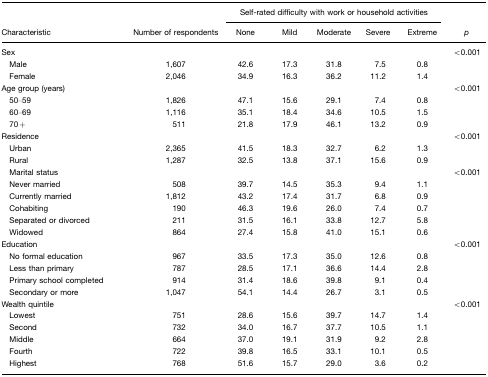
<table><thead><tr><td rowspan="3"><b>Characteristic</b></td><td rowspan="3"><b>Number of respondents</b></td><td colspan="5"><b>Self-rated difficulty with work or household activities</b></td><td rowspan="3"><b><i>p</i></b></td></tr><tr><td><b>None</b></td><td><b>Mild</b></td><td><b>Moderate</b></td><td><b>Severe</b></td><td><b>Extreme</b></td></tr></thead><tbody><tr><td>Sex</td><td></td><td></td><td></td><td></td><td></td><td></td><td>&lt;0.001</td></tr><tr><td> Male</td><td>1,607</td><td>42.6</td><td>17.3</td><td>31.8</td><td>7.5</td><td>0.8</td><td></td></tr><tr><td> Female</td><td>2,046</td><td>34.9</td><td>16.3</td><td>36.2</td><td>11.2</td><td>1.4</td><td></td></tr><tr><td>Age group (years)</td><td></td><td></td><td></td><td></td><td></td><td></td><td>&lt;0.001</td></tr><tr><td> 50–59</td><td>1,826</td><td>47.1</td><td>15.6</td><td>29.1</td><td>7.4</td><td>0.8</td><td></td></tr><tr><td> 60–69</td><td>1,116</td><td>35.1</td><td>18.4</td><td>34.6</td><td>10.5</td><td>1.5</td><td></td></tr><tr><td> 70 +</td><td>511</td><td>21.8</td><td>17.9</td><td>46.1</td><td>13.2</td><td>0.9</td><td></td></tr><tr><td>Residence</td><td></td><td></td><td></td><td></td><td></td><td></td><td>&lt;0.001</td></tr><tr><td> Urban</td><td>2,365</td><td>41.5</td><td>18.3</td><td>32.7</td><td>6.2</td><td>1.3</td><td></td></tr><tr><td> Rural</td><td>1,287</td><td>32.5</td><td>13.8</td><td>37.1</td><td>15.6</td><td>0.9</td><td></td></tr><tr><td> Marital status</td><td></td><td></td><td></td><td></td><td></td><td></td><td>&lt;0.001</td></tr><tr><td> Never married</td><td>508</td><td>39.7</td><td>14.5</td><td>35.3</td><td>9.4</td><td>1.1</td><td></td></tr><tr><td> Currently married</td><td>1,812</td><td>43.2</td><td>17.4</td><td>31.7</td><td>6.8</td><td>0.9</td><td></td></tr><tr><td> Cohabiting</td><td>190</td><td>46.3</td><td>19.6</td><td>26.0</td><td>7.4</td><td>0.7</td><td></td></tr><tr><td> Separated or divorced</td><td>211</td><td>31.5</td><td>16.1</td><td>33.8</td><td>12.7</td><td>5.8</td><td></td></tr><tr><td> Widowed</td><td>864</td><td>27.4</td><td>15.8</td><td>41.0</td><td>15.1</td><td>0.6</td><td></td></tr><tr><td>Education</td><td></td><td></td><td></td><td></td><td></td><td></td><td>&lt;0.001</td></tr><tr><td> No formal education</td><td>967</td><td>33.5</td><td>17.3</td><td>35.0</td><td>12.6</td><td>0.8</td><td></td></tr><tr><td> Less than primary</td><td>787</td><td>28.5</td><td>17.1</td><td>36.6</td><td>14.4</td><td>2.8</td><td></td></tr><tr><td> Primary school completed</td><td>914</td><td>31.4</td><td>18.6</td><td>39.8</td><td>9.1</td><td>0.4</td><td></td></tr><tr><td> Secondary or more</td><td>1047</td><td>54.1</td><td>14.4</td><td>26.7</td><td>3.1</td><td>0.5</td><td></td></tr><tr><td>Wealth quintile</td><td></td><td></td><td></td><td></td><td></td><td></td><td>&lt;0.001</td></tr><tr><td> Lowest</td><td>751</td><td>28.6</td><td>15.6</td><td>39.7</td><td>14.7</td><td>1.4</td><td></td></tr><tr><td> Second</td><td>732</td><td>34.0</td><td>16.7</td><td>37.7</td><td>10.5</td><td>1.1</td><td></td></tr><tr><td> Middle</td><td>664</td><td>37.0</td><td>19.1</td><td>31.9</td><td>9.2</td><td>2.8</td><td></td></tr><tr><td> Fourth</td><td>722</td><td>39.8</td><td>16.5</td><td>33.1</td><td>10.1</td><td>0.5</td><td></td></tr><tr><td> Highest</td><td>768</td><td>51.6</td><td>15.7</td><td>29.0</td><td>3.6</td><td>0.2</td><td></td></tr></tbody></table>